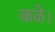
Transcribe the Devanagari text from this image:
कळे।